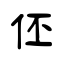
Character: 伾